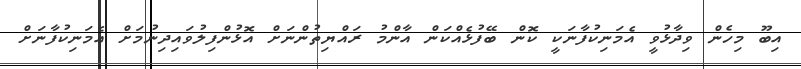
އިބޫ މިހެން ވިދާޅުވީ އެމަނިކުފާނަކީ ކޮން ބޭފުޅެއްކަން އާންމު ރައްޔިތުންނަށް އޮޅުންފިލުވައިދިނުމަށް އެމަނިކުފާނަށް